Vaccine operations Central Provinces 1900-1911 - 1900-1911
Year: 1900
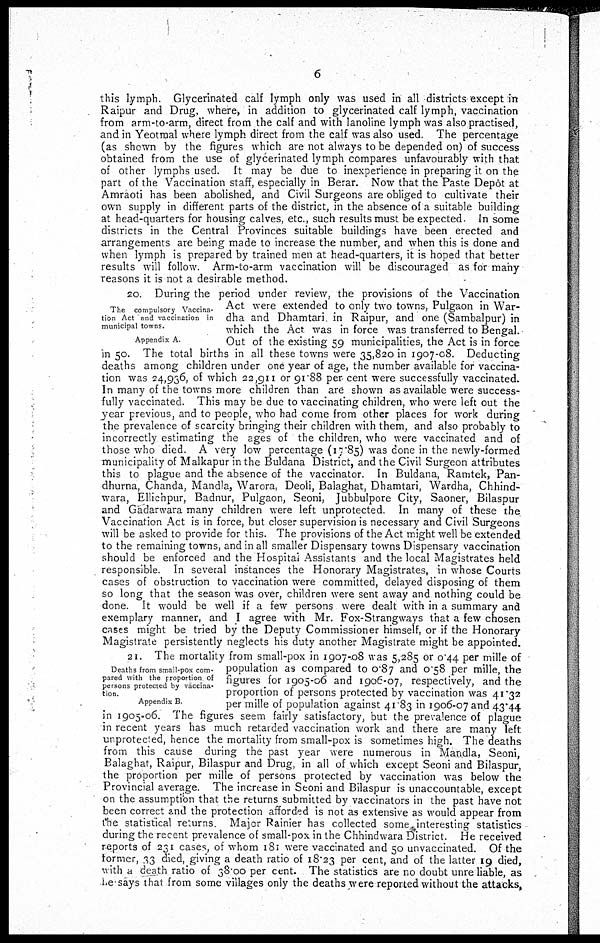
6
this lymph. Glycerinated calf lymph only was used in all districts except in
Raipur and Drug, where, in addition to glycerinated calf lymph, vaccination
from arm-to-arm, direct from the calf and with lanoline lymph was also practised,
and in Yeotmal where lymph direct from the calf was also used. The percentage
(as shown by the figures which are not always to be depended on) of success
obtained from the use of glycerinated lymph compares unfavourably with that
of other lymphs used. It may be due to inexperience in preparing it on the
part of the Vaccination staff, especially in Berar. Now that the Paste Depôt at
Amraoti has been abolished, and Civil Surgeons are obliged to cultivate their
own supply in different parts of the district, in the absence of a suitable building
at head-quarters for housing calves, etc., such results must be expected. In some
districts in the Central Provinces suitable buildings have been erected and
arrangements are being made to increase the number, and when this is done and
when lymph is prepared by trained men at head-quarters, it is hoped that better
results will follow. Arm-to-arm vaccination will be discouraged as for many
reasons it is not a desirable method.
The compulsory Vaccina-
tion Act and vaccination in
municipal towns.
Appendix A.
20 During the period under review, the provisions of the Vaccination
Act were extended to only two towns, Pulgaon in War-
dha and Dhamtari in Raipur, and one (Sambalpur) in
which the Act was in force was transferred to Bengal.
Out of the existing 59 municipalities, the Act is in force
in 50. The total births in all these towns were 35,820 in 1907-08. Deducting
deaths among children under one year of age, the number available for vaccina-
tion was 24,936, of which 22,911 or 91.88 per cent were successfully vaccinated.
In many of the towns more children than are shown as available were success-
fully vaccinated. This may be due to vaccinating children, who were left out the
year previous, and to people, who had come from other places for work during
the prevalence of scarcity bringing their children with them, and also probably to
incorrectly estimating the ages of the children, who were vaccinated and of
those who died. A very low percentage (17.85) was done in the newly-formed
municipality of Malkapur in the Buldana District, and the Civil Surgeon attributes
this to plague and the absence of the vaccinator. In Buldana, Ramtek, Pan-
dhurna, Chanda, Mandla, Warora, Deoli, Balaghat, Dhamtari, Wardha, Chhind-
wara, Ellichpur, Badnur, Pulgaon, Seoni, Jubbulpore City, Saoner, Bilaspur
and Gadarwara many children were left unprotected. In many of these the
Vaccination Act is in force, but closer supervision is necessary and Civil Surgeons
will be asked to provide for this. The provisions of the Act might well be extended
to the remaining towns, and in all smaller Dispensary towns Dispensary vaccination
should be enforced and the Hospital Assistants and the local Magistrates held
responsible In several instances the Honorary Magistrates, in whose Courts
cases of obstruction to vaccination were committed, delayed disposing of them
so long that the season was over, children were sent away and nothing could be
done It would be well if a few persons were dealt with in a summary and
exemplary manner, and I agree with Mr. Fox-Strangways that a few chosen
cases might be tried by the Deputy Commissioner himself, or if the Honorary
Magistrate persistently neglects his duty another Magistrate might be appointed.
Deaths from small-pox com-
pared with the proportion of
persons protected by vaccina-
tion
Appendix B
21. The mortality from small-pox in 1907-08 was 5,285 or 0.44 per mille of
population as compared to 0.87 and 0.58 per mille, the
figures for 1905-06 and 1906-07, respectively, and the
proportion of persons protected by vaccination was 41.32
per mille of population against 41.83 in 1906-07 and 43.44
in 1905-06. The figures seem fairly satisfactory, but the prevalence of plague
in recent years has much retarded vaccination work and there are many left
unprotected, hence the mortality from small-pox is sometimes high. The deaths
from this cause during the past year were numerous in Mandla, Seoni,
Balaghat, Raipur, Bilaspur and Drug, in all of which except Seoni and Bilaspur,
the proportion per mille of persons protected by vaccination was below the
Provincial average. The increase in Seoni and Bilaspur is unaccountable, except
on the assumption that the returns submitted by vaccinators in the past have not
been correct and the protection afforded is not as extensive as would appear from
the statistical returns Major Rainier has collected some interesting statistics
during the recent prevalence of small-pox in the Chhindwara District. He received
reports of 231 cases, of whom 181 were vaccinated and 50 unvaccinated. Of the
former, 33 died, giving a death ratio of 18.23 per cent, and of the latter 19 died,
with a death ratio of 38.00 per cent. The statistics are no doubt unreliable, as
he says that from some villages only the deaths were reported without the attacks,